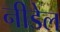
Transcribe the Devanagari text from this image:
नीडेल